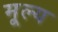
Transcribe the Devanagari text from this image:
मू्ल्य